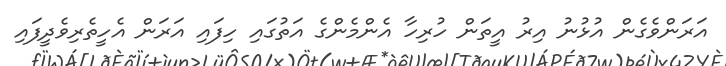
އަރަންވެގެން އުޅުނު އިރު އީތަން ހުރިހާ އެންމެންގެ އަތުގައި ހިފައި އަރަން އެހީތެރިވެދީފައި